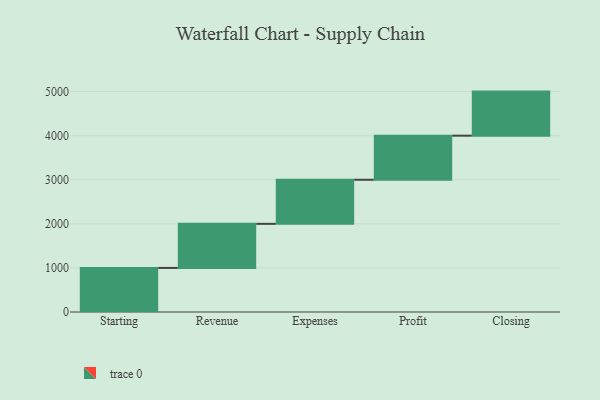
{"axis": {"x": "Step", "y": "Value"}, "legend": [""], "data": [{"x": "Starting", "y": 1000, "type": ""}, {"x": "Revenue", "y": 1000, "type": ""}, {"x": "Expenses", "y": 1000, "type": ""}, {"x": "Profit", "y": 1000, "type": ""}, {"x": "Closing", "y": 1000, "type": ""}]}